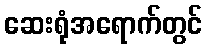
ဆေးရုံအရောက်တွင်